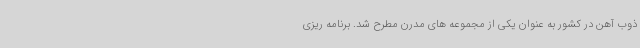
ذوب آهن در کشور به عنوان یکی از مجموعه های مدرن مطرح شد. برنامه ریزی